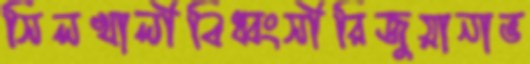
সিলখালীবিধ্বংসীরিজুয়ানাভ